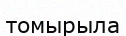
томырыла